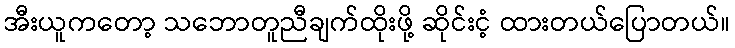
အီးယူကတော့ သဘောတူညီချက်ထိုးဖို့ ဆိုင်းငံ့ ထားတယ်ပြောတယ်။